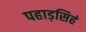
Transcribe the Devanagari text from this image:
पहाड़सिहं